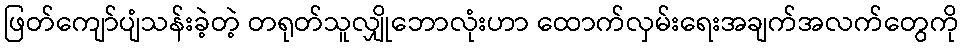
ဖြတ်ကျော်ပျံသန်းခဲ့တဲ့ တရုတ်သူလျှိုဘောလုံးဟာ ထောက်လှမ်းရေးအချက်အလက်တွေကို